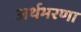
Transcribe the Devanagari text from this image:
अर्थभरणा